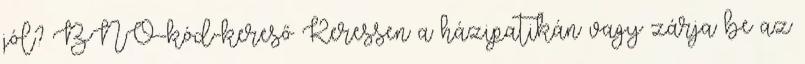
jól? BNO-kód-kereső Keressen a házipatikán vagy zárja be az